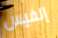
إلفيس